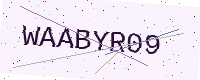
Text: WAABYR09